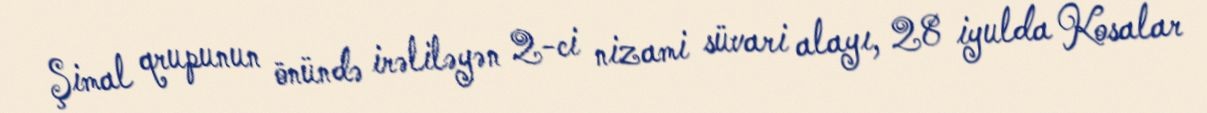
Şimal qrupunun önündə irəliləyən 2-ci nizami süvari alayı, 28 iyulda Kosalar